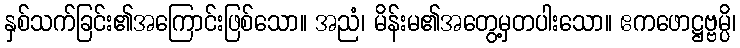
နှစ်သက်ခြင်း၏အကြောင်းဖြစ်သော။ အညံ၊ မိန်းမ၏အတွေ့မှတပါးသော။ ဧကဖောဋ္ဌဗ္ဗမ္ပိ၊